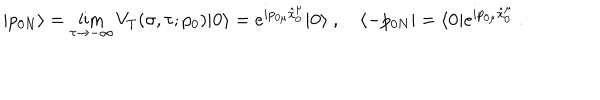
| p _ { 0 N } \rangle = \lim _ { \tau \rightarrow - \infty } V _ { T } ( \sigma , \tau ; p _ { 0 } ) | \mathbf { 0 } \rangle = e ^ { i p _ { 0 \mu } \hat { x } _ { 0 } ^ { \mu } } | \mathbf { 0 } \rangle ~ , \quad \langle - p _ { 0 N } | = \langle \mathbf { 0 } | e ^ { i p _ { 0 \mu } \hat { x } _ { 0 } ^ { \mu } } ~ .